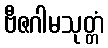
ဗီဇဂါမသုတ္တံ